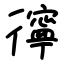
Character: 㣷